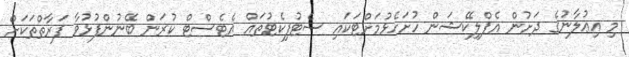
މި އިޢުލާނުގެ ދަށުން އެޕްލިކޭޝަން ހުށަހެޅުމަށްޓަކައި ސެޓުފިކެޓުތައް އެޓެސްޓް ކުރަން ބޭނުންފުޅުވާ ފަރާތްތަކަށް